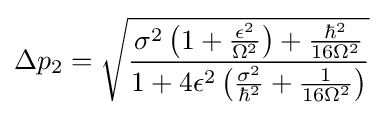
\Delta p_{2}={\sqrt {\frac {\sigma ^{2}\left(1+{\frac {\epsilon ^{2}}{\Omega ^{2}}}\right)+{\frac {\hbar ^{2}}{16\Omega ^{2}}}}{1+4\epsilon ^{2}\left({\frac {\sigma ^{2}}{\hbar ^{2}}}+{\frac {1}{16\Omega ^{2}}}\right)}}}